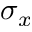
\sigma _ { x }